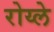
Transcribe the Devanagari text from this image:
रोय्ले